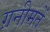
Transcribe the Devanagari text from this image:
ग़नीमतें